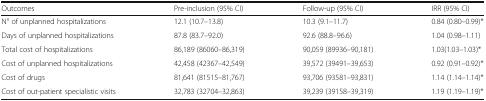
<table><thead><tr><td><b>Outcomes</b></td><td><b>Pre-inclusion (95% CI)</b></td><td><b>Follow-up (95% CI)</b></td><td><b>IRR (95% CI)</b></td></tr></thead><tbody><tr><td>N° of unplanned hospitalizations</td><td>12.1 (10.7–13.8)</td><td>10.3 (9.1–11.7)</td><td>0.84 (0.80–0.99)*</td></tr><tr><td>Days of unplanned hospitalizations</td><td>87.8 (83.7–92.0)</td><td>92.6 (88.8–96.6)</td><td>1.04 (0.98–1.11)</td></tr><tr><td>Total cost of hospitalizations</td><td>86,189 (86060–86,319)</td><td>90,059 (89936–90,181)</td><td>1.03(1.03–1.03)*</td></tr><tr><td>Cost of unplanned hospitalizations</td><td>42,458 (42367–42,549)</td><td>39,572 (39491–39,653)</td><td>0.92 (0.91–0.92)*</td></tr><tr><td>Cost of drugs</td><td>81,641 (81515–81,767)</td><td>93,706 (93581–93,831)</td><td>1.14 (1.14–1.14)*</td></tr><tr><td>Cost of out-patient specialistic visits</td><td>32,783 (32704–32,863)</td><td>39,239 (39158–39,319)</td><td>1.19 (1.19–1.19)*</td></tr></tbody></table>